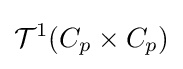
{\mathcal {T}}^{1}(C_{p}\times C_{p})